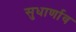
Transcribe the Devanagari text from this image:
सुधार्णाव